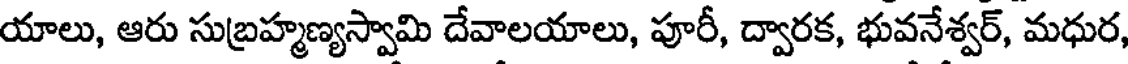
యాలు, ఆరు సుబ్రహ్మణ్యస్వామి దేవాలయాలు, పూరీ, ద్వారక, భువనేశ్వర్, మధుర,